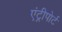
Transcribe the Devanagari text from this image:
एंट्रीपोर्ट